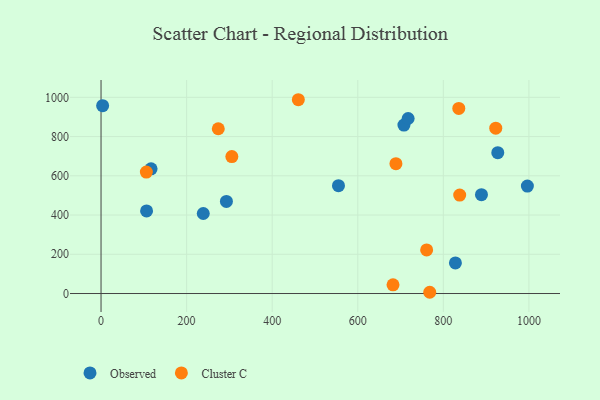
{"axis": {"x": "Engine Size", "y": "Exam Score"}, "legend": ["Cluster C", "Observed"], "data": [{"x": "293.0", "y": 469.7, "type": "Observed"}, {"x": "554.9", "y": 549.9, "type": "Observed"}, {"x": "927.2", "y": 717.7, "type": "Observed"}, {"x": "238.9", "y": 407.9, "type": "Observed"}, {"x": "3.7", "y": 957.5, "type": "Observed"}, {"x": "996.4", "y": 547.6, "type": "Observed"}, {"x": "106.4", "y": 421.1, "type": "Observed"}, {"x": "828.2", "y": 156.1, "type": "Observed"}, {"x": "707.9", "y": 858.5, "type": "Observed"}, {"x": "717.7", "y": 892.2, "type": "Observed"}, {"x": "116.9", "y": 635.8, "type": "Observed"}, {"x": "889.1", "y": 503.7, "type": "Observed"}, {"x": "682.4", "y": 44.3, "type": "Cluster C"}, {"x": "838.2", "y": 502.0, "type": "Cluster C"}, {"x": "836.1", "y": 943.5, "type": "Cluster C"}, {"x": "689.2", "y": 662.1, "type": "Cluster C"}, {"x": "461.1", "y": 987.8, "type": "Cluster C"}, {"x": "761.0", "y": 222.4, "type": "Cluster C"}, {"x": "922.5", "y": 843.0, "type": "Cluster C"}, {"x": "768.2", "y": 6.4, "type": "Cluster C"}, {"x": "305.7", "y": 698.1, "type": "Cluster C"}, {"x": "274.0", "y": 839.9, "type": "Cluster C"}, {"x": "105.9", "y": 619.0, "type": "Cluster C"}]}